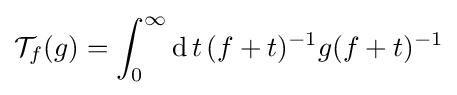
{\mathcal {T}}_{f}(g)=\int _{0}^{\infty }\operatorname {d} t\,(f+t)^{-1}g(f+t)^{-1}